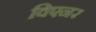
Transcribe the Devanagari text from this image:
विएनर